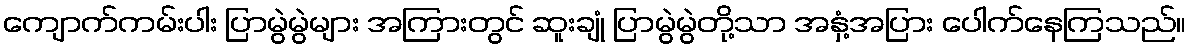
ကျောက်ကမ်းပါး ပြာမွဲမွဲများ အကြားတွင် ဆူးချုံ ပြာမွဲမွဲတို့သာ အနှံ့အပြား ပေါက်နေကြသည်။